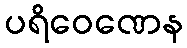
ပရိဝေဏေန